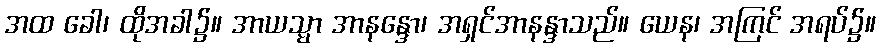
အထ ခေါ၊ ထိုအခါ၌။ အာယသ္မာ အာနန္ဒော၊ အရှင်အာနန္ဒာသည်။ ယေန၊ အကြင် အရပ်၌။